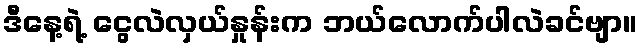
ဒီနေ့ရဲ့ ငွေလဲလှယ်နှုန်းက ဘယ်လောက်ပါလဲခင်ဗျာ။